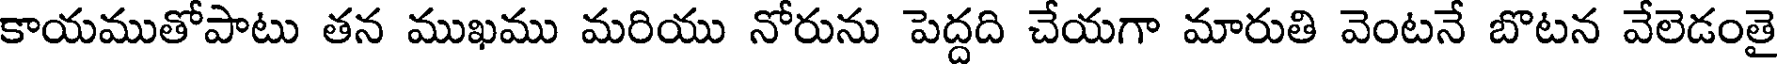
కాయముతోపాటు తన ముఖము మరియు నోరును పెద్దది చేయగా మారుతి వెంటనే బొటన వేలెడంతై